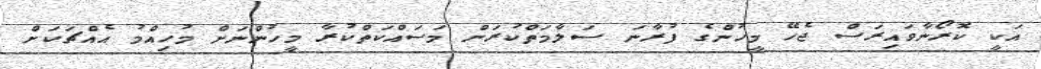
އަކީ ކޮރޯނާވައިރަސް ޖެހޭ މީހުންގެ ފުރާނަ ސަލާމަތްކުރަން މަސައްކަތްކުރާ މީހުންނަށް މުހިއްމު އެއްޗަކަށް